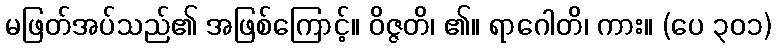
မဖြတ်အပ်သည်၏ အဖြစ်ကြောင့်။ ဝိဇ္ဇတိ၊ ၏။ ရာဂေါတိ၊ ကား။ (ပေ ၃၀၁)